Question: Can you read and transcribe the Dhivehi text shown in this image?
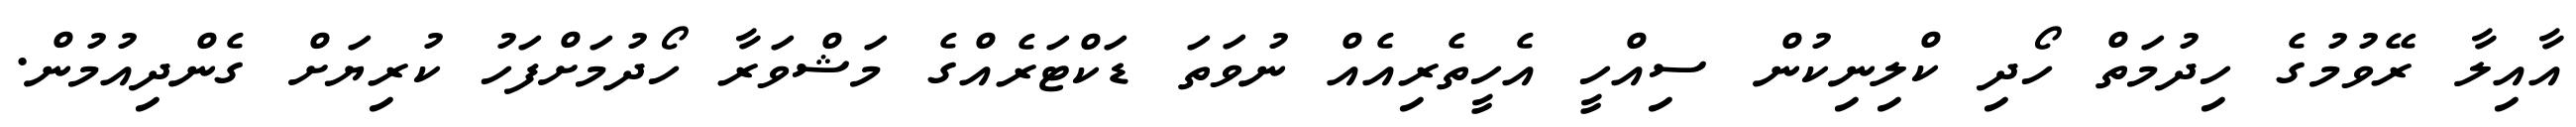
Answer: އާއިލާ ރޭވުމުގެ ހިދުމަތް ހޯދި ކްލިނިކުން ސިއްހީ އެހީތެރިއެއް ނުވަތަ ޑަކްޓަރެއްގެ މަޝްވަރާ ހޯދުމަށްފަހު ކުރިޔަށް ގެންދިއުމުން.